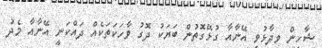
ޝާހީން ވިދާޅުވީ އޭނާއާ ގުޅޭގޮތުން ބަޔަކު ދޮގު ވާހަކަތަކެއް ދައްކަނީ އޭނާއާ މެދު